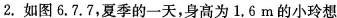
2.如图6.7.7，夏季的一天，身高为1.6m的小玲想